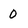
Character: 0